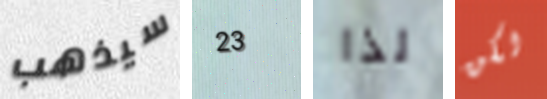
سيذهب 23 لذا لكن